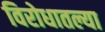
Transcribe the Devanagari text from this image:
विरोधातल्या